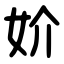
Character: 妎